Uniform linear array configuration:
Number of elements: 4
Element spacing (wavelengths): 0.5
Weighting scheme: exponential
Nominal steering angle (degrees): -60
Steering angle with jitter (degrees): -59.797
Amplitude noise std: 0.05
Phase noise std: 0.05

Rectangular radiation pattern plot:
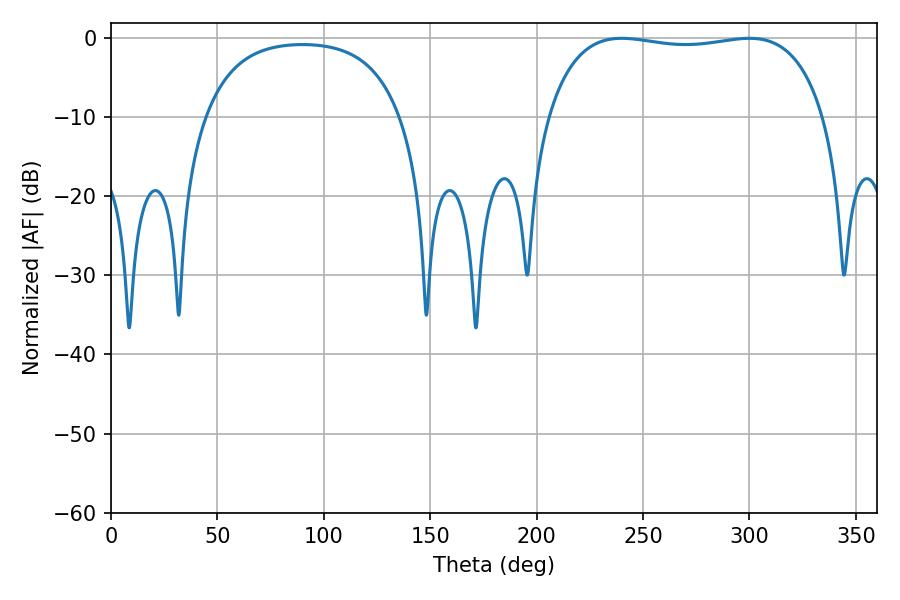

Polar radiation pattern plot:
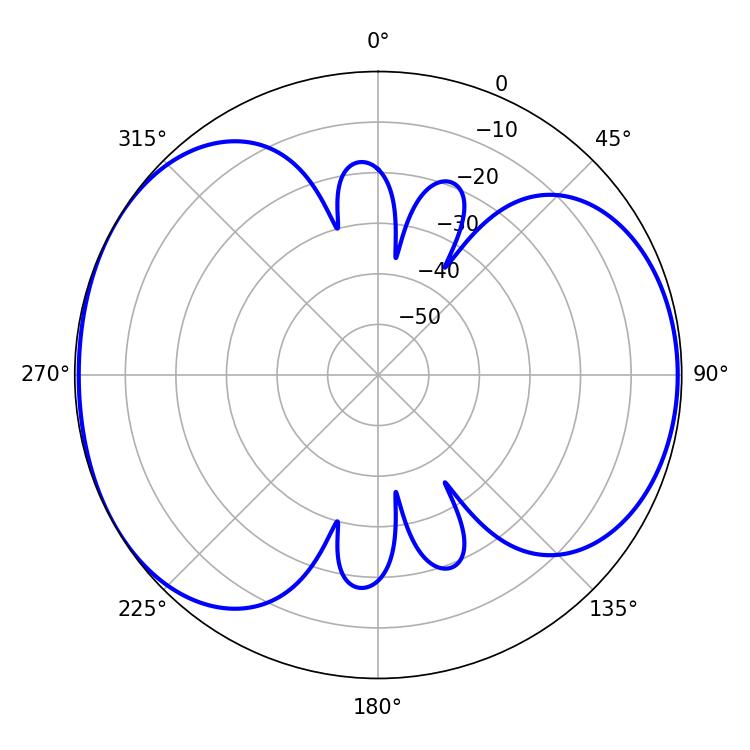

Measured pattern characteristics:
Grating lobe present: FALSE
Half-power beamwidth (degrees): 104.4
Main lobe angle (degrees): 239.94